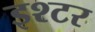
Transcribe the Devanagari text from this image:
इश्टर